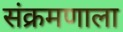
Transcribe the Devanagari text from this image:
संक्रमणाला